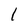
Character: 1